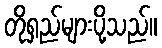
တိုရှည်များပို့သည်။